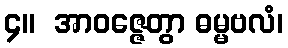
၄။  အာဝဇ္ဇေတွာ ဓမ္မဗလံ၊